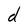
Character: d